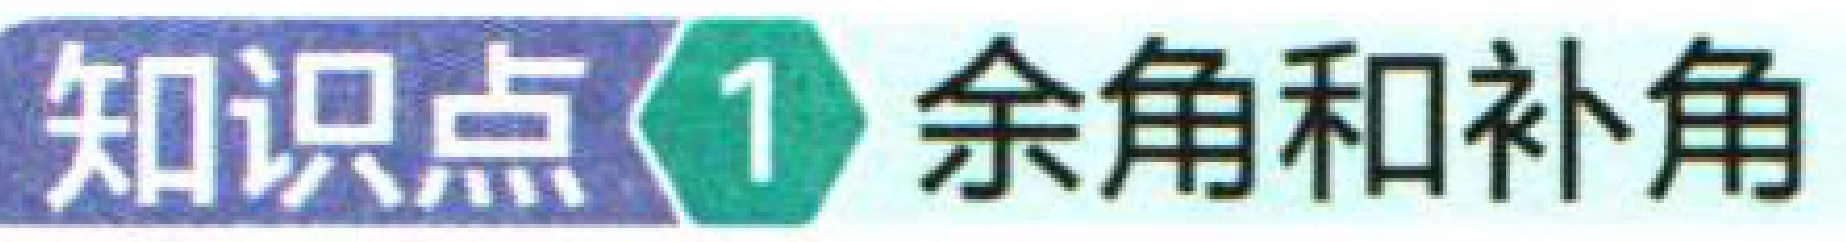
知识点\(1\) 余角和补角